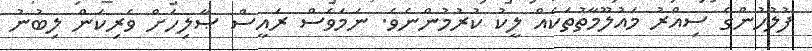
ފުލުހުންގެ ސިއްރު މައުލޫމާތުތަކެއް ލީކު ކުރުމުންނެވެ. ނަމަވެސް ރައީސް ޞާލިހަށް ވެރިކަން ލިބުނު